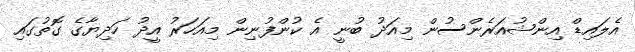
އެލައިޑް އިންޝުއަރެންސުން މިއަދު ބުނީ އެ ކުންފުނިން މިއަހަރު އީދު ހަދިޔާގެ ގޮތުގައި